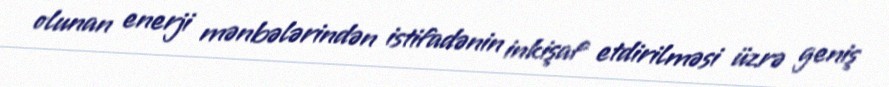
olunan enerji mənbələrindən istifadənin inkişaf etdirilməsi üzrə geniş